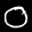
Label: 0